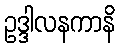
ဥဒ္ဒါလနကာနိ